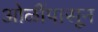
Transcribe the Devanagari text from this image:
ओळींपासून